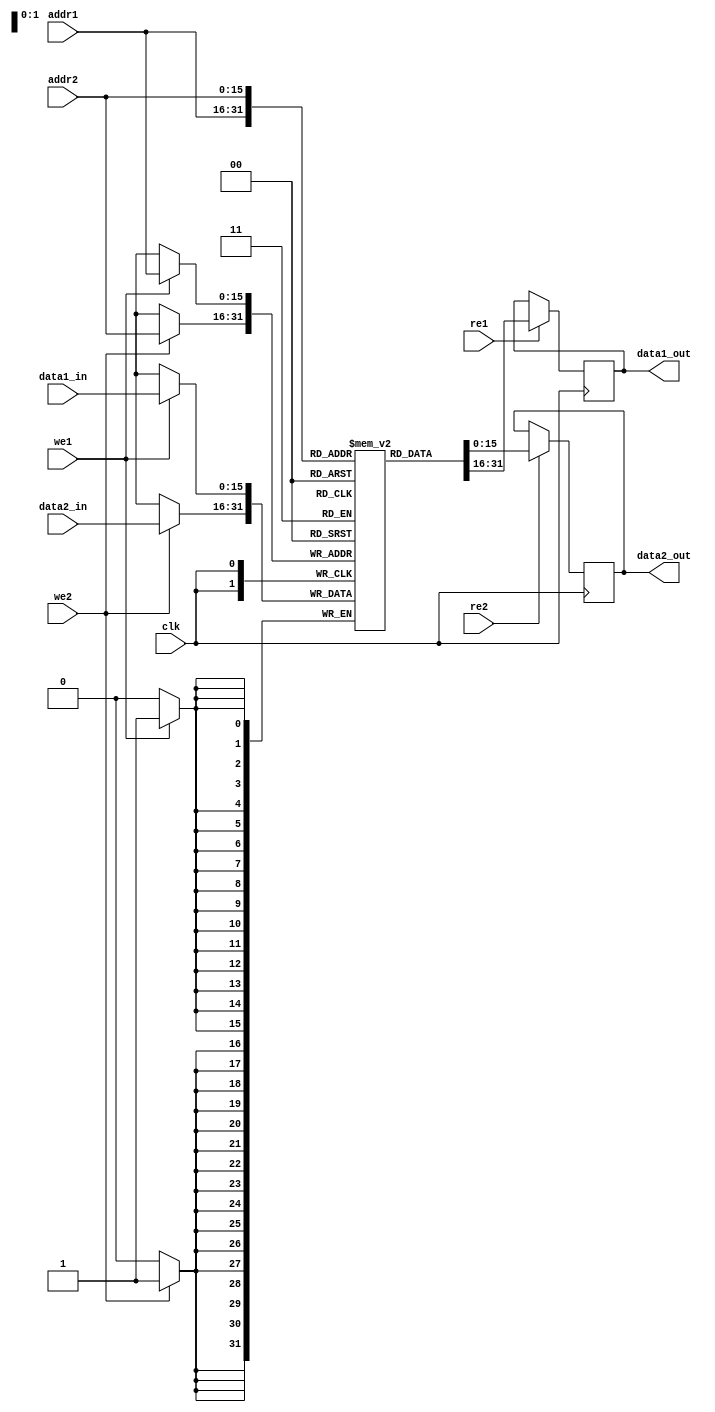
module dual_port_ram(
    input wire clk, // clock signal
    input wire [15:0] addr1, // address for port 1
    input wire [15:0] addr2, // address for port 2
    input wire [15:0] data1_in, // input data for port 1
    input wire [15:0] data2_in, // input data for port 2
    input wire we1, // write enable for port 1
    input wire we2, // write enable for port 2
    input wire re1, // read enable for port 1
    input wire re2, // read enable for port 2
    output wire [15:0] data1_out, // output data for port 1
    output wire [15:0] data2_out // output data for port 2
);

reg [15:0] memory [0:65535]; // 64KB memory array

always @(posedge clk) begin
    if (we1) // write operation for port 1
        memory[addr1] <= data1_in;
    
    if (we2) // write operation for port 2
        memory[addr2] <= data2_in;
    
    if (re1) // read operation for port 1
        data1_out <= memory[addr1];
    
    if (re2) // read operation for port 2
        data2_out <= memory[addr2];
end

endmodule